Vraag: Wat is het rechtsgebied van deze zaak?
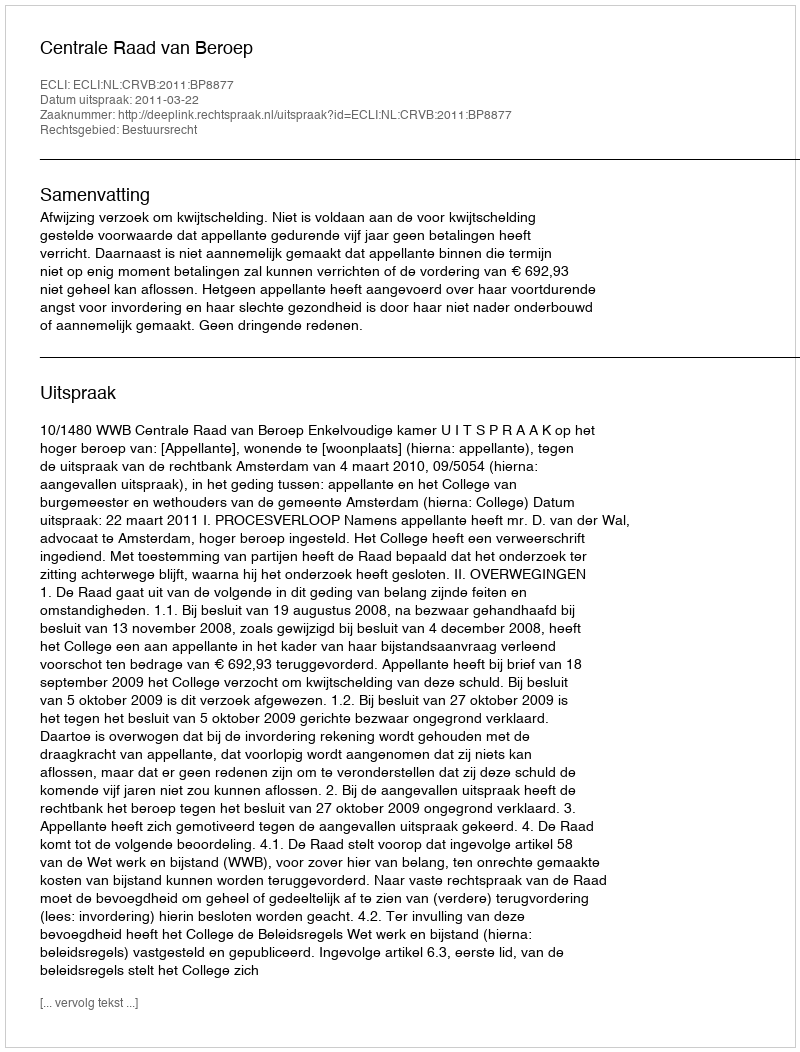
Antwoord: Bestuursrecht